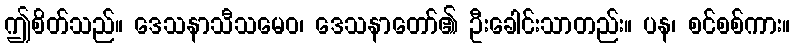
ဤစိတ်သည်။ ဒေသနာသီသမေဝ၊ ဒေသနာတော်၏ ဦးခေါင်းသာတည်း။ ပန၊ စင်စစ်ကား။